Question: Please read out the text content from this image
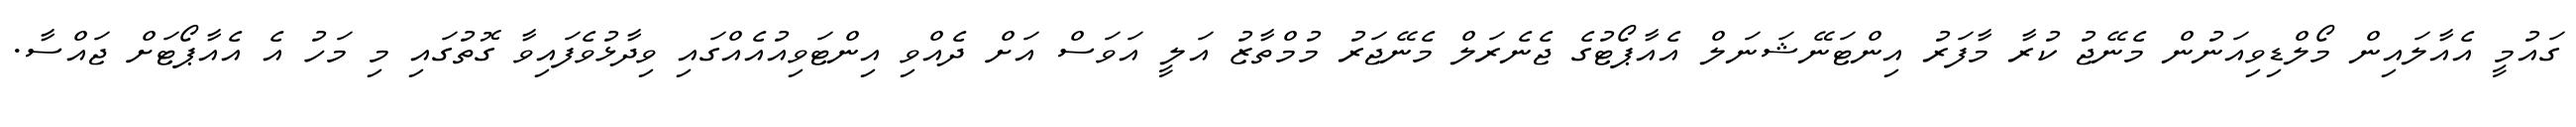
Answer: ގައުމީ އެއާލައިން މޯލްޑިވިއަނުން މެނޭޖު ކުރާ މާފަރު އިންޓަނޭޝަނަލް އެއާޕޯޓުގެ ޖެނެރަލް މެނޭޖަރު މުމްތާޒު އަލީ އަވަސް އަށް ދެއްވި އިންޓަވިއުއެއްގައި ވިދާޅުވެފައިވާ ގޮތުގައި މި މަހު އެ އެއާޕޯޓަށް ޖައްސާ.